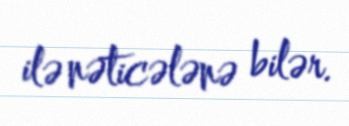
ilə nəticələnə bilər.